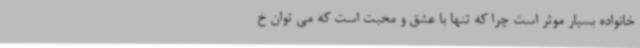
خانواده بسیار موثر است چرا که تنها با عشق و محبت است که می توان خ